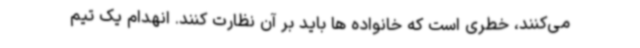
می‌کنند، خطری است که خانواده ها باید بر آن نظارت کنند. انهدام یک تیم